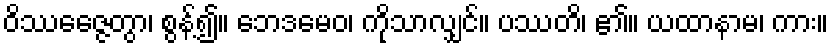
ဝိဿေဇ္ဇေတွာ၊ စွန့်၍။ ဘေဒမေဝ၊ ကိုသာလျှင်။ ပဿတိ၊ ၏။ ယထာနာမ၊ ကား။